Plague in India, 1896, 1897 - Volume 2
Year: 1896
Disease focus: Plague
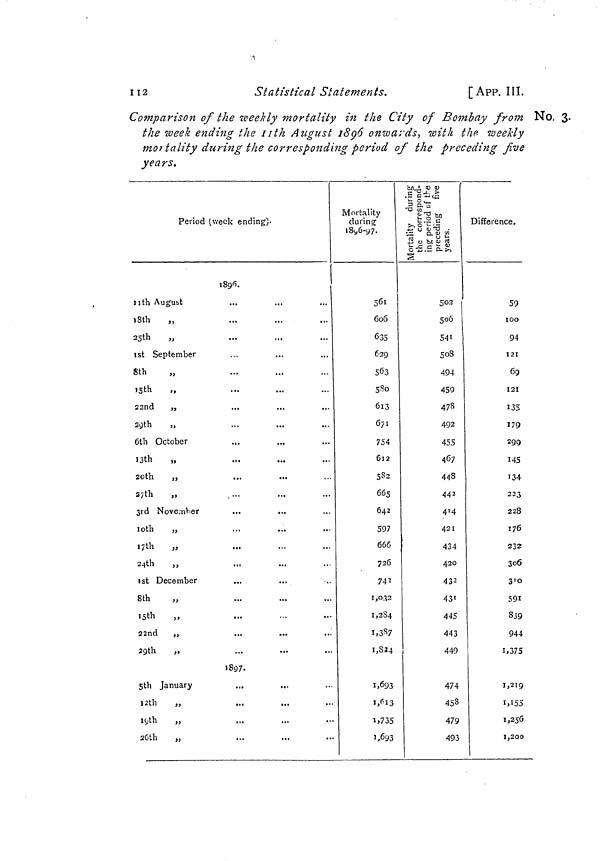
112
Statistical Statements.
[App. III.
Comparison of the weekly mortality in the City of Bombay from No. 3-
the week ending the 11th August 1896 onwards, with the weekly
mortality during the corresponding period of the preceding five
years.
Period (week ending).
11th August
18th
,,
25th
„
1st September
8th
15th
„
22nd
„
29th
„
6th October
13th
„
20th
„
27th
„
3rd November
l0th
„
17th
„
24th
,,
1st December
8th
„
15th
22nd „
29th
„
5th January
12th
„
19th „
26th
„
...
...
...
...
...
...
...
...
...
...
...
....
...
...
...
...
...
...
...
...
...
...
...
...
...
Mortality
during
1896-97.
561
606
635
629
563
580
613
671
754
612
582
665
642
597
666
726
742
1,032
1,284
i,387
1,824
1,693
1,613
1,735
1,693
502
506
541
508
49-4
450
47«
492
455
467
448
442
4'4
421
434
420
432
43'
445
443
449
474
458
479
493
Difference.
59
100
94
121
69
121
135
179
299
145
134
223
228
176
232
306
310
591
839
944
1,375
1,219
1,155
1,256
1,200